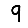
Digit: 9